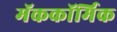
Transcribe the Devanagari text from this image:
मॅककॉर्मिक